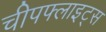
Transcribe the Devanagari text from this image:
चीपफ्लाइट्स